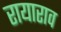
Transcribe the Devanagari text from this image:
रायाराव